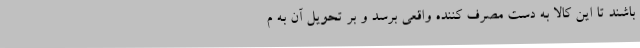
باشند تا این کالا به دست مصرف کننده واقعی برسد و بر تحویل آن به م